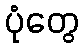
ပုံတွေ